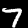
Label: 7